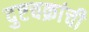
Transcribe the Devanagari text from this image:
दुष्टचक्रांची